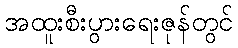
အထူးစီးပွားရေးဇုန်တွင်